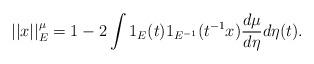
LaTeX: \begin{align*}||x||_{E}^{\mu }=1-2\int 1_{E}(t)1_{E^{-1}}(t^{-1}x)\frac{d\mu }{d\eta }d\eta (t). \end{align*}